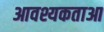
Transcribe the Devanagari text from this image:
आवश्यकताआ